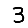
Digit: 3